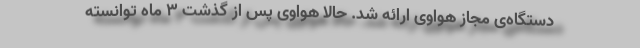
دستگاه‌ی مجاز هواوی ارائه شد. حالا هواوی پس از گذشت ۳ ماه توانسته